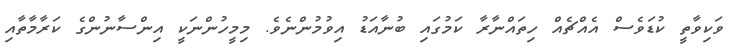
ވަކިވާތީ ކުޑަވެސް އެއްޗެއް ހިތައްނާރާ ކަމުގައި ބުނާއަޑު އިވުމުންނެވެ. މިމީހުންނަކީ އިންސާނުންގެ ކަރާމާތާއި